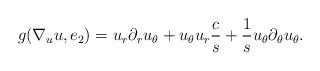
LaTeX: \begin{align*}g(\nabla_u u, e_2)=u_r\partial_ru_\theta+u_\theta u_r \frac cs+\frac 1s u_\theta\partial_\theta u_\theta.\end{align*}